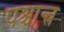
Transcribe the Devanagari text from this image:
पश्चान्त्र